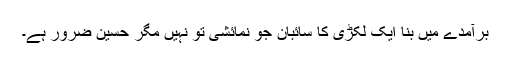
برآمدے میں بنا ایک لکڑی کا سائبان جو نمائشی تو نہیں مگر حَسِین ضرور ہے۔